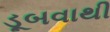
ડૂબવાથી